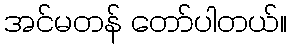
အင်မတန် တော်ပါတယ်။